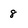
Character: 8